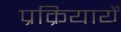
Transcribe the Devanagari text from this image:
प्रक्रियायेँ